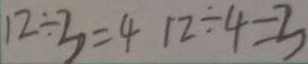
1 2 \div 3 = 4 1 2 \div 4 = 3